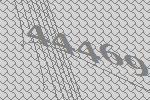
44469